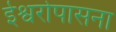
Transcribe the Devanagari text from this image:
ईश्वरोपासना